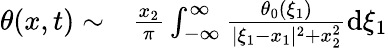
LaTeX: \begin{array}{rl}{\theta(x,t)\sim}&{{}\frac{x_{2}}{\pi}\int_{-\infty}^{\infty}\frac{\theta_{0}(\xi_{1})}{|\xi_{1}-x_{1}|^{2}+x_{2}^{2}}\mathrm{d}\xi_{1}}\end{array}